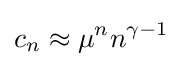
c_{n}\approx \mu ^{n}n^{\gamma -1}